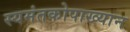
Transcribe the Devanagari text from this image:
स्यमंतकोपाख्यान